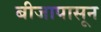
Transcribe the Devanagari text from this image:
बीजापासून